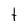
Character: t